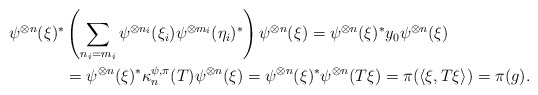
\begin{align*}\psi^{\otimes n}(\xi)^* &\left( \sum_{n_i = m_i} \psi^{\otimes n_i} (\xi_i) \psi^{\otimes m_i} (\eta_i)^* \right) \psi^{\otimes n}(\xi) = \psi^{\otimes n}(\xi)^* y_0 \psi^{\otimes n}(\xi) \\&= \psi^{\otimes n}(\xi)^* \kappa_n^{\psi, \pi} (T) \psi^{\otimes n}(\xi) = \psi^{\otimes n}(\xi)^* \psi^{\otimes n}(T\xi) = \pi ( \langle \xi, T\xi \rangle) = \pi (g).\end{align*}